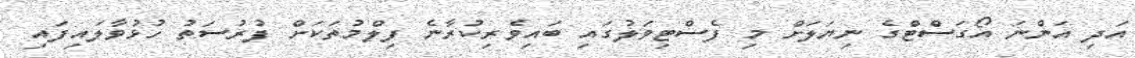
އަދި އަންނަ އޯގަސްޓްގެ ނިޔަަލަށް މި ފެސްޓިވަލުގައި ބައިވެރިކުރާނެ ފިލްމުތަކަށް ފުރުސަތު ހުޅުވާލައިފައި